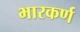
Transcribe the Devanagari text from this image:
भारकर्ण